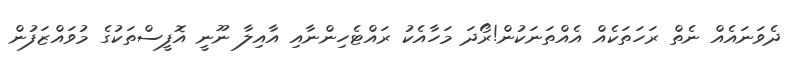
ދެވަނައެއް ނެތް ރަހަތަކެއް އެއްތަނަކުން!ރޯދަ މަހާއެކު ރައްޓެހިންނާއި އާއިލާ ނޫނީ އޮފީސްތަކުގެ މުވައްޒަފުން